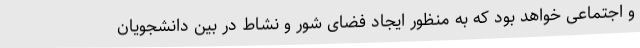
و اجتماعی خواهد بود که به منظور ایجاد فضای شور و نشاط در بین دانشجویان